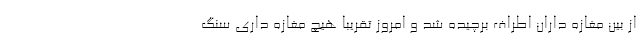
از بین مغازه داران اطراف برچیده شد و امروز تقریبا هیچ مغازه داری سنگ